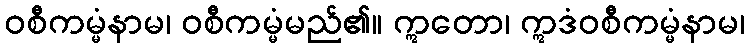
ဝစီကမ္မံနာမ၊ ဝစီကမ္မံမည်၏။ ဣတော၊ ဣဒံဝစီကမ္မံနာမ၊